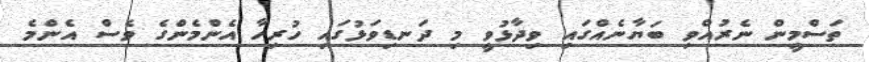
ތަސްމީން ނެރުއްވި ބަޔާނެއްގައި ވިދާޅުވީ މި ދަނޑިވަޅުގައި ހުރިހާ އެންމެންގެ ވެސް އެންމެ